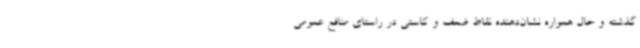
گذشته و حال همواره نشان‌دهنده نقاط ضعف و کاستی در راستای منافع عمومی